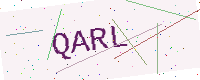
Text: QARL